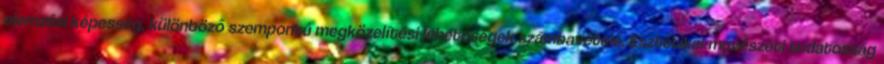
elemzési képesség, különböző szempontú megközelítési lehetőségek számbavétele. Esztétikai-művészeti tudatosság